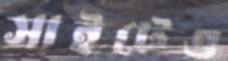
সাইটেও